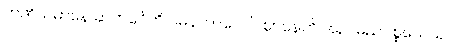
ဘဏိယမာနေ ဆဟင်္ဂေဟိ ဂမနကာလေပိ ဈာနေဟိ အညမညပစ္စယေသု